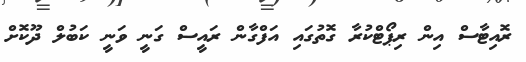
ރޮއިޓާސް އިން ރިޕޯޓްކުރާ ގޮތުގައި އަފްގާން ރައީސް ގަނީ ވަނީ ކަބުލް ދޫކޮށް